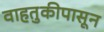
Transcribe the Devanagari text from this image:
वाहतुकीपासून